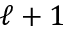
\ell + 1